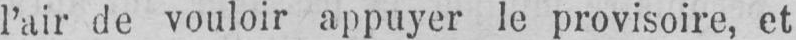
l’air de vouloir appuyer le provisoire, et